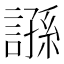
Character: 𧪾